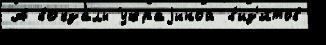
А вокза́лы Украjиной в'из'и́тов